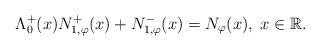
LaTeX: \begin{align*}\Lambda^{+}_{0}(x) N_{1,\varphi}^{+}(x) + N_{1,\varphi}^{-}(x) = N_{\varphi}(x), \; x\in {\mathbb R}.\end{align*}